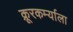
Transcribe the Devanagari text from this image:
क्रूरकर्म्याला